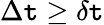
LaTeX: \Delta\mathtt{t}\ge\delta\mathtt{t}